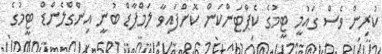
ކުރިން ވެސް ގައުމީ ޓީމުގެ ކެޕްޓަންކަން ކޮށްފައިވާ ލަމްޕާޑް ބުނީ އިންގްލެންޑް ޓީމުގެ